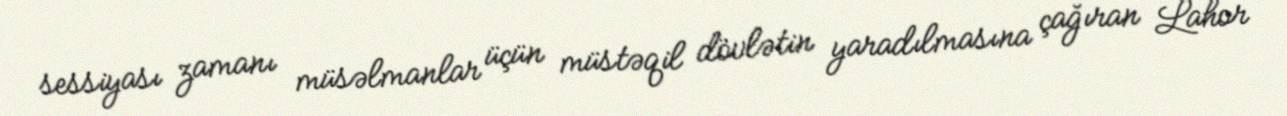
sessiyası zamanı müsəlmanlar üçün müstəqil dövlətin yaradılmasına çağıran Lahor